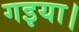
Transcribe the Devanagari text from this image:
गइया।